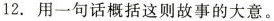
12.用一句话概括这则故事的大意。